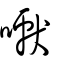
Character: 囐